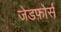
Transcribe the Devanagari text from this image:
जेडफ़ोर्स